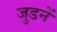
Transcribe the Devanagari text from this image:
जुडनें